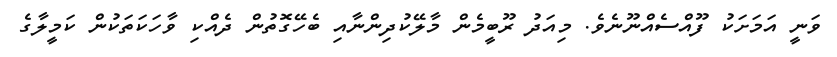
ވަނީ އަމަށަކު ފޫއްސެއްނޫނެވެ. މިއަދު ރޫބީމެން މާލޭކުދިންނާއި ބެހޭގޮތުން ދެއްކި ވާހަކަތަކުން ކަމީލާގެ